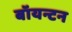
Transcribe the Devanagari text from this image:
बॉयन्टन